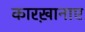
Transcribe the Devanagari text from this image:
कारख़ानाए